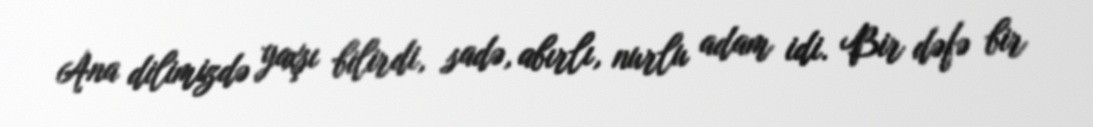
Ana dilimizdə yaxşı bilirdi, sadə, abırlı, nurlu adam idi. Bir dəfə bir